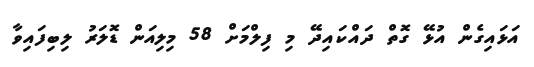
އަޅައިގެން އުޅޭ ގޮތް ދައްކައިދޭ މި ފިލްމަށް 58 މިލިއަން ޑޮލަރު ލިބިފައިވާ